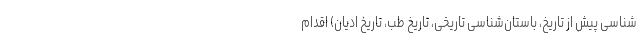
‌شناسی پیش از تاریخ، باستان‌شناسی تاریخی، تاریخ طب، تاریخ ادیان) اقدام